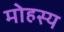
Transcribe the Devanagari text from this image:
मोहस्य